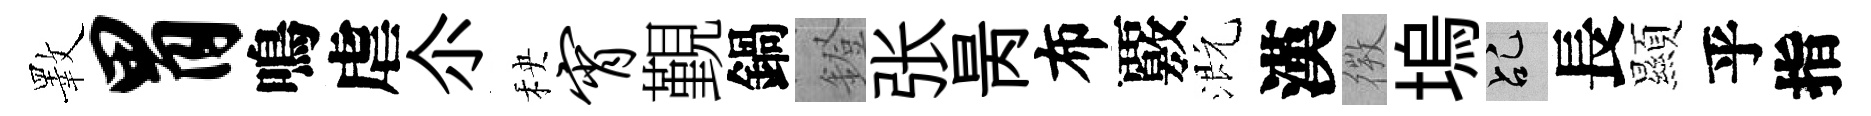
斁胃鳴虐尒秧宵覲鍋鐙张昺布覈溉漢𢕄塢乩長顯乎指